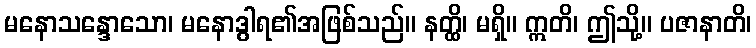
မနောသန္ဒောသော၊ မနောဒွါရ၏အဖြစ်သည်။ နတ္ထိ၊ မရှိ။ ဣတိ၊ ဤသို့။ ပဇာနာတိ၊